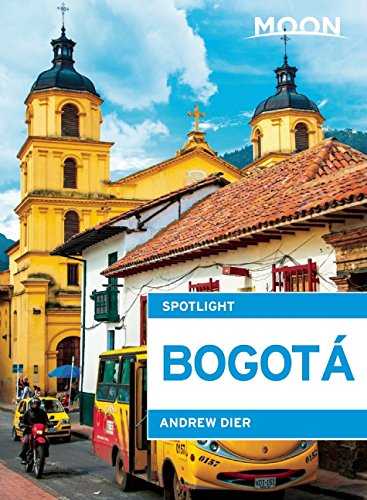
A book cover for Moon Spotlight BogotÃ¡; Andrew Dier; Travel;